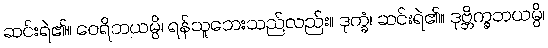
ဆင်းရဲ၏။ ဝေရိဘယမ္ပိ၊ ရန်သူဘေးသည်လည်း။ ဒုက္ခံ၊ ဆင်းရဲ၏။ ဒုဗ္ဘိက္ခဘယမ္ပိ၊